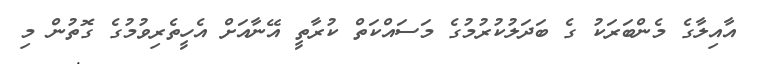
އާއިލާގެ މެންބަރަކު ގެ ބަދަލުކުރުމުގެ މަސައްކަތް ކުރާތީ އޭނާއަށް އެހީތެރިވުމުގެ ގޮތުން މި